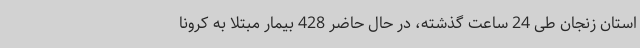
استان زنجان طی 24 ساعت گذشته، در حال حاضر 428 بیمار مبتلا به کرونا